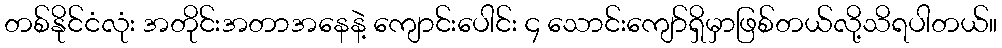
တစ်နိုင်ငံလုံး အတိုင်းအတာအနေနဲ့ ကျောင်းပေါင်း ၄ သောင်းကျော်ရှိမှာဖြစ်တယ်လို့သိရပါတယ်။